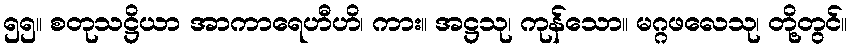
၅၅။ စတုသဋ္ဌိယာ အာကာရေဟီဟိ၊ ကား။ အဋ္ဌသု၊ ကုန်သော။ မဂ္ဂဖလေသု၊ တို့တွင်။